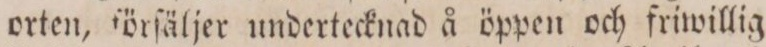
orten, ſörſäljer undertecknad å öppen och friwillig